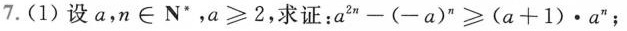
7.(1)设a，n\in N*，$$a ≥ 2$$，求证：$$a ^ { 2 n } - ( - a ) ^ { n } ≥ ( a + 1 ) \cdot a ^ { n }$$；